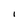
Character: I